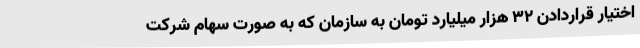
اختیار قراردادن 32 هزار میلیارد تومان به سازمان که به صورت سهام شرکت